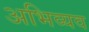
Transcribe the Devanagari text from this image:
अभिव्यव